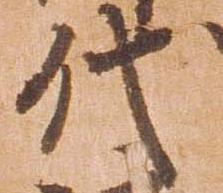
代